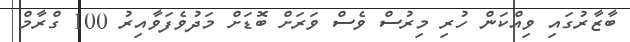
ބާޒާރުގައި ވިއްކަން ހުރި މިރުސް ވެސް ވަރަށް ބޮޑަށް މަދުވެފަވާއިރު 100 ގްރާމް